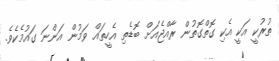
ތުރުކީ އަކީ އެކި ގޮތްގޮތުން ރާއްޖެއަށް ބޮޑެތި އެހީތައް ވަމުން އަންނަ ގައުމެކެވެ.